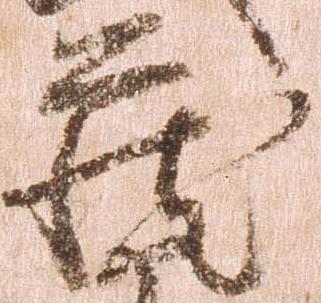
蔵